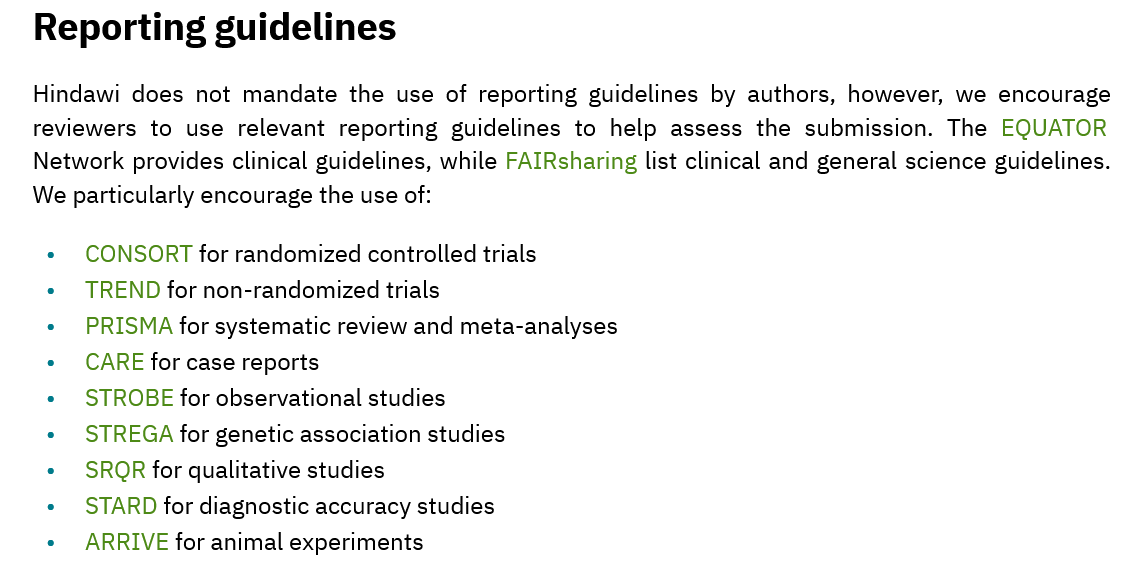
Reporting    guidelines
   Hindawi  does not mandate  the use of reporting guidelines by authors, however, we encourage
   reviewers to use  relevant reporting guidelines to help assess the submission. The EQUATOR
   Network  provides clinical guidelines, while FAIRsharing list clinical and general science guidelines.
   We particularly encourage the use of:
     CONSORT for randomized controlled trials
     TREND for non-randomized trials
     PRISMA for systematic review and meta-analyses
     CARE for case reports
     STROBE for observational studies
     STREGA for genetic association studies
     SROQR for qualitative studies
     STARD for diagnostic accuracy studies
     ARRIVE for animal experiments